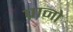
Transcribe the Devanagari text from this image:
प्रानो